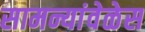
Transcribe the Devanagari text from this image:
सामन्यांवेळेस